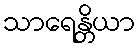
သာရေန္တိယာ